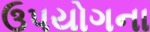
ઉપયોગના